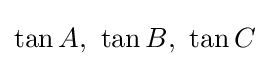
\tan A,\ \tan B,\ \tan C